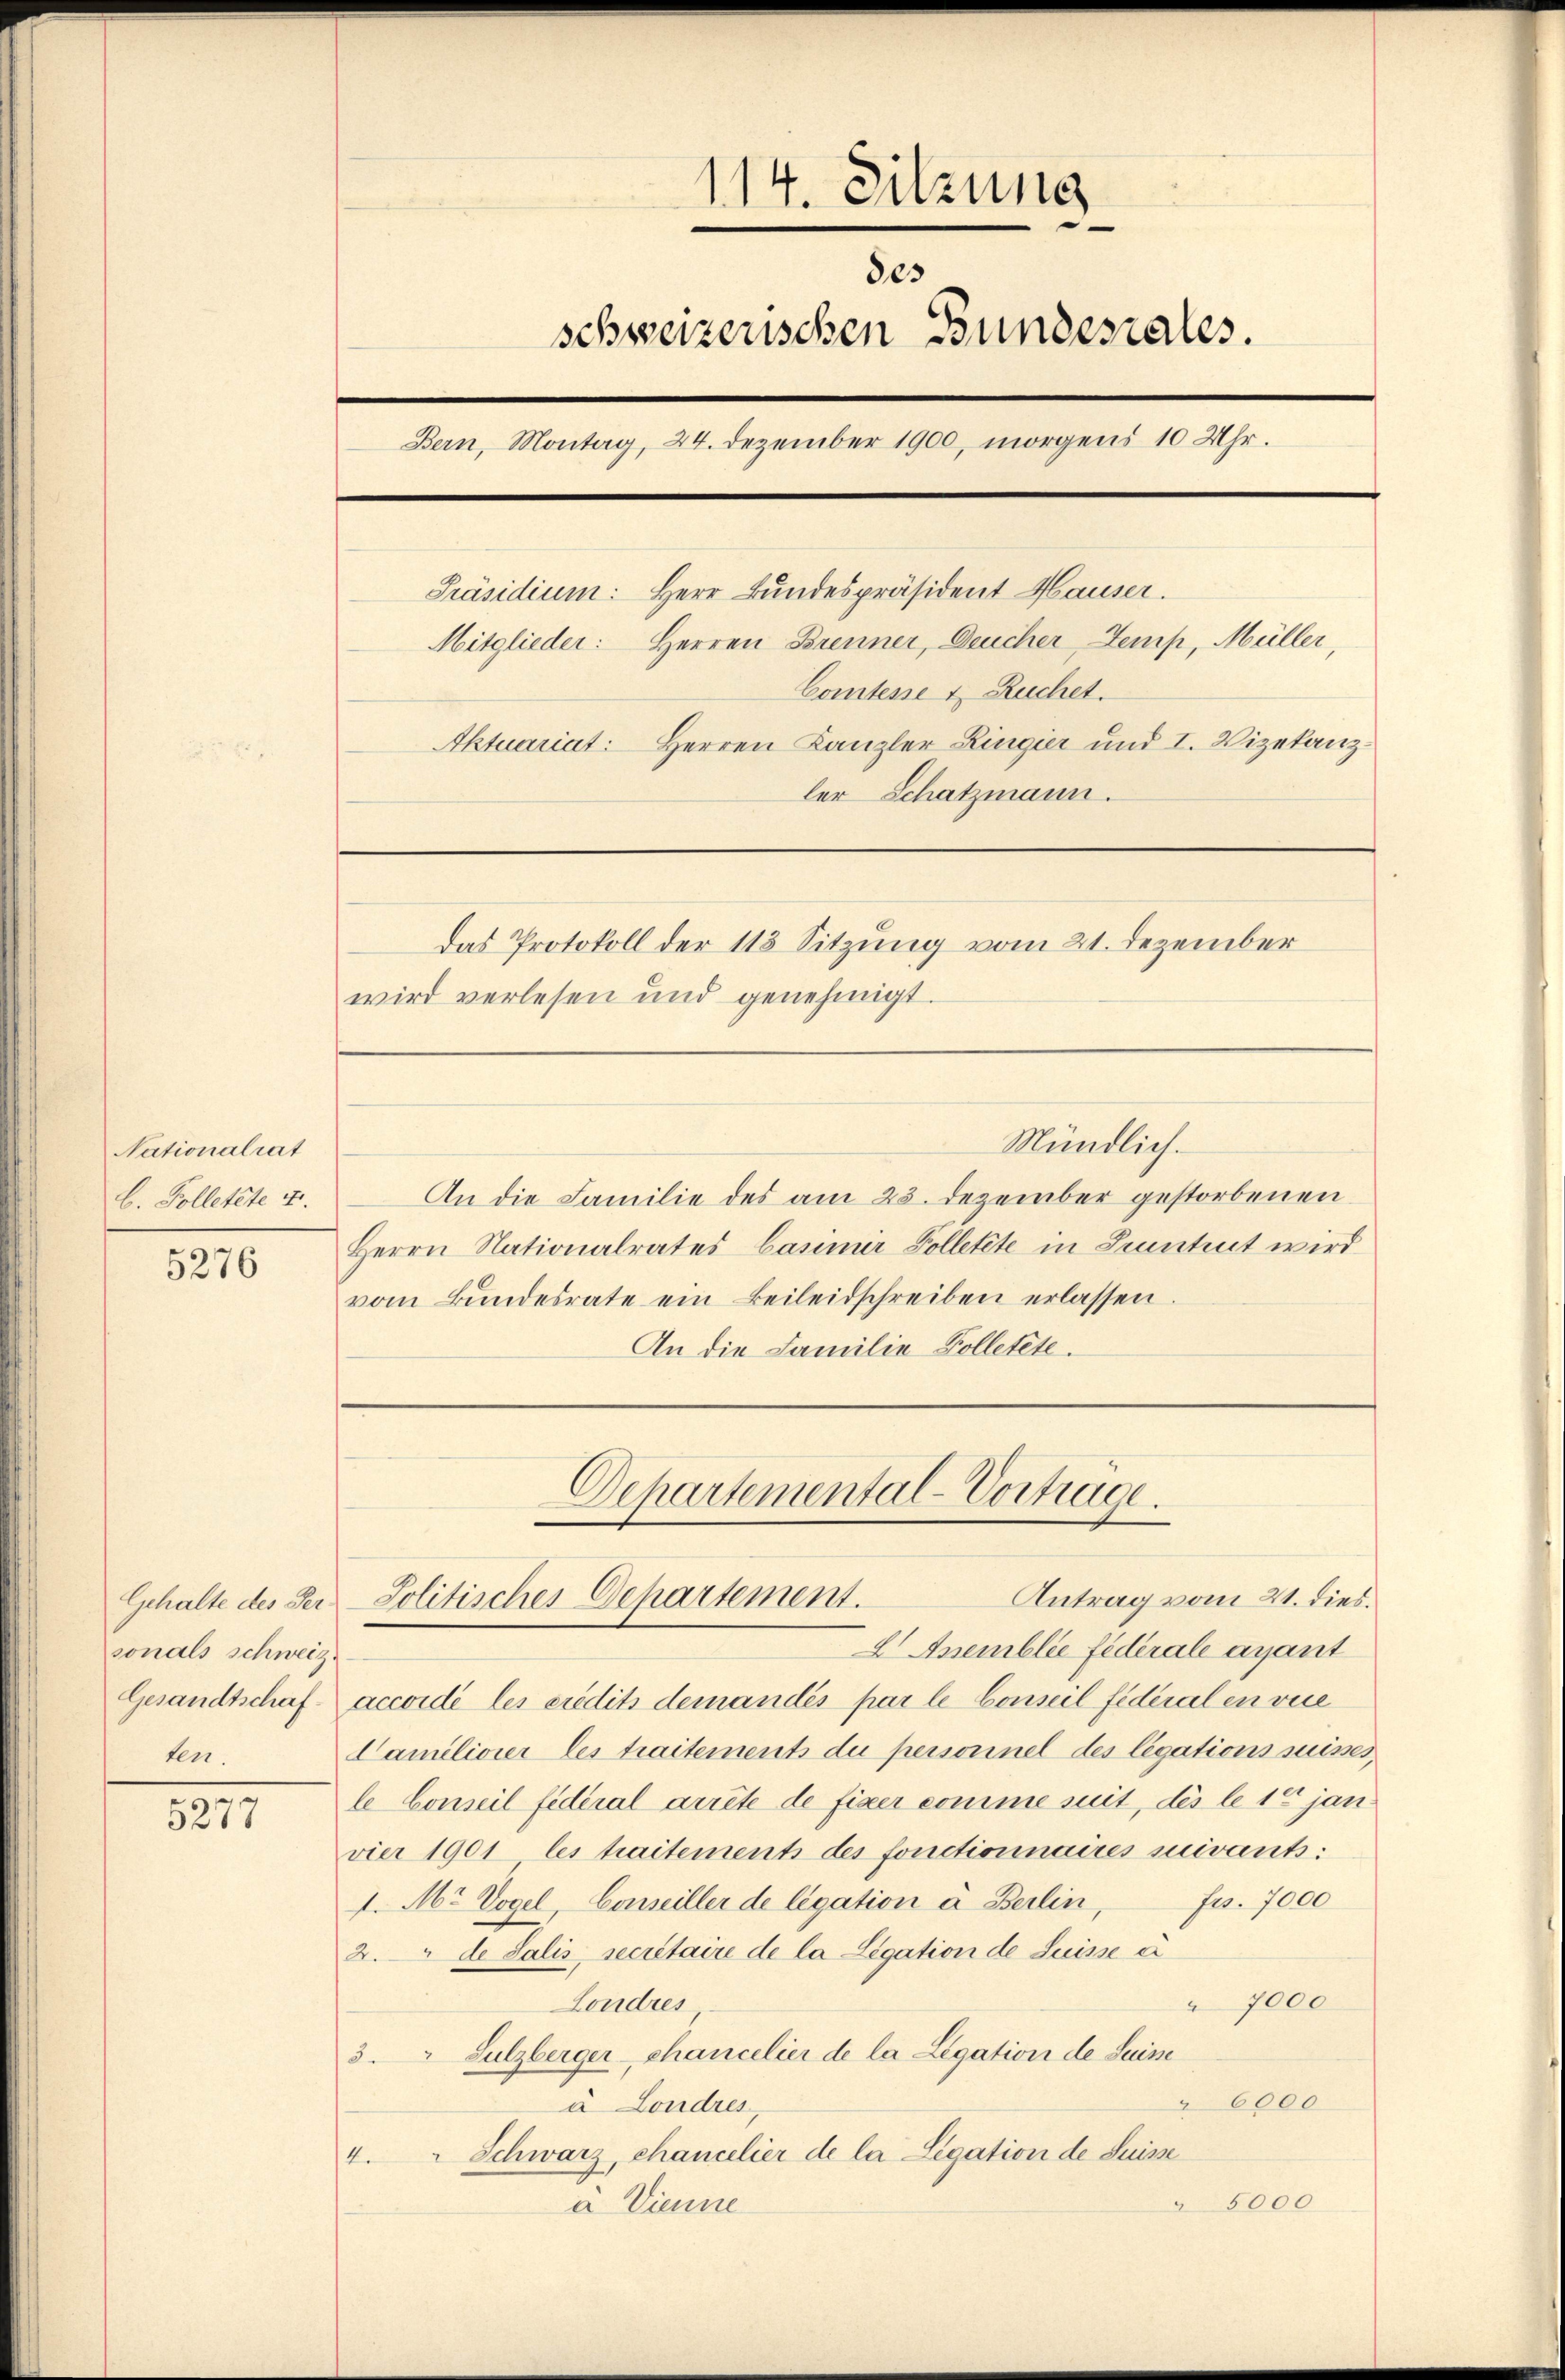
Nationalrat
b. Polletete u.

5276

Gehalte des Per
sonals schweiz.
ten.

5277

114. Sitzung
schweizerischen Bundesrates.
Bern, Montag, 24. Dezember 1900, morgens 10 Uhr.
Präsidium: Herr Bundespräsident Hauser.
Mitglieder: Herren Brenner, Deucher Temp, Müller,
Comtesse & Ruchet.
Aktuariat: Herren Kanzler Ringier und I. Vizekanzler Schatzmann.
Das Protokoll der 113 Sitzung vom 21. Dezember
wird verlesen und genehmigt.

An die Familie des am 23. Dezember gestorbenen
Herrn Nationalrates Casimir Polletete in Krantent wird
vom Bundesrate ein Beileidschreiben erlassen.
An die Familie Polletete.

Gesandtschaft accordé les eredits demandés par le Conseil fédéralen vie
Camiliener les traitements du personnel des legations suises,
le Conseil fédéral arrête de fixer comme suit, des le 10 jan
vier 1901 les traitement des fonctionnaires suivants:
1. M. Vogel, Conseiller de legation à Berlin, Fr. 7000
2. de Salis, secrétaire de la Legation de Luisse a
 7000
Londres
3. " Sulzberger-Chancelier de la Legation de Luine
6000
à Londres,
Schwarz, chancelier de la Ligation de Suisse
4.
 5000
à Vienne

Mündlich.

Departemental-Vorträge.
Antrag vom 21. dies
Solitisches Departement.
Anemblée fédérale avant